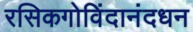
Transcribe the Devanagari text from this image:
रसिकगोविंदानंदधन